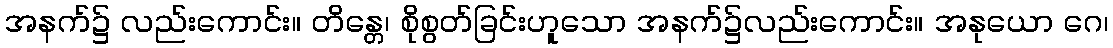
အနက်၌ လည်းကောင်း။ တိန္တေ၊ စိုစွတ်ခြင်းဟူသော အနက်၌လည်းကောင်း။ အနုယော ဂေ၊